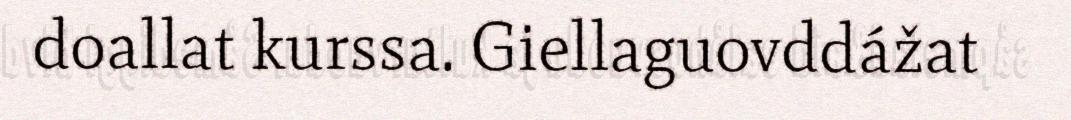
doallat kurssa. Giellaguovddážat